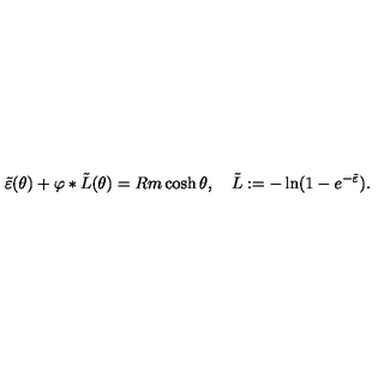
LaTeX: \tilde { \varepsilon } ( \theta ) + \varphi \ast \tilde { L } ( \theta ) = R m \cosh \theta , \quad \tilde { L } : = - \ln ( 1 - e ^ { - \tilde { \varepsilon } } ) .